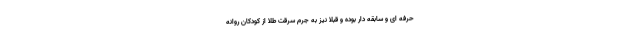
حرفه ای و سابقه دار بوده و قبلا نیز به جرم سرقت طلا از کودکان روانه